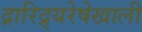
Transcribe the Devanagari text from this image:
द्रारिद्र्यरेषेखाली